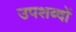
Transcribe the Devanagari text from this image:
उपशब्दों